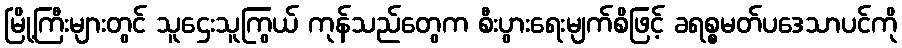
မြို့ကြီးများတွင် သူဌေးသူကြွယ် ကုန်သည်တွေက စီးပွားရေးမျက်စိဖြင့် ခရစ္စမတ်ပဒေသာပင်ကို